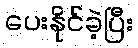
ပေးနိုင်ခဲ့ပြီး